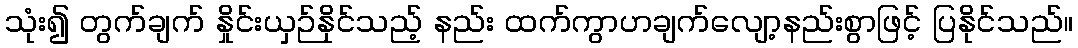
သုံး၍ တွက်ချက် နှိုင်းယှဉ်နိုင်သည့် နည်း ထက်ကွာဟချက်လျော့နည်းစွာဖြင့် ပြနိုင်သည်။